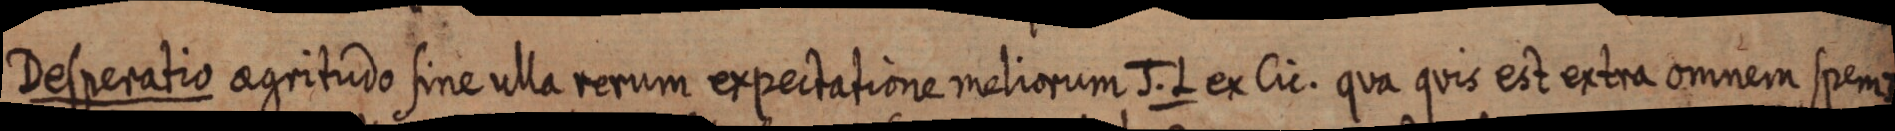
Desperatio aegritudo sine ulla rerum expectatione meliorum J. L ex Cic. qua quis est extra omnem spem